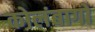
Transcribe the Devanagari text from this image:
कोलंबागो